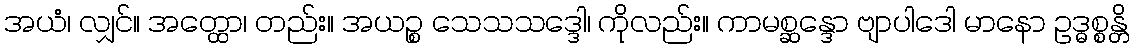
အယံ၊ လျှင်။ အတ္ထော၊ တည်း။ အယဉ္စ သေသသဒ္ဒေါ၊ ကိုလည်း။ ကာမစ္ဆန္ဒော ဗျာပါဒေါ မာနော ဥဒ္ဓစ္စန္တိ